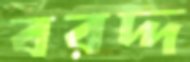
বরদ্দ